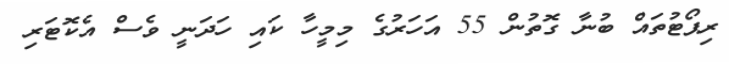
ރިޕޯޓުތައް ބުނާ ގޮތުން 55 އަހަރުގެ މިމީހާ ކައި ހަދަނީ ވެސް އެކޮޓަރި